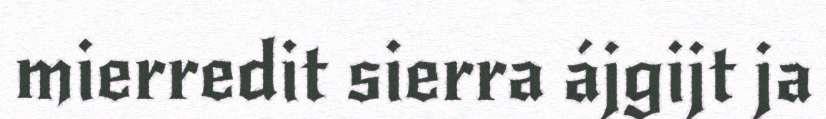
mierredit sierra ájgijt ja